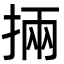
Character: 掚